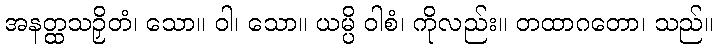
အနတ္ထသဉှိတံ၊ သော။ ဝါ၊ သော။ ယမ္ပိ ဝါစံ၊ ကိုလည်း။ တထာဂတော၊ သည်။